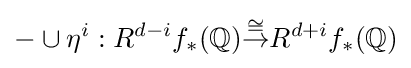
-\cup \eta ^{i}:R^{d-i}f_{*}(\mathbb {Q} ){\stackrel {\cong }{\to }}R^{d+i}f_{*}(\mathbb {Q} )